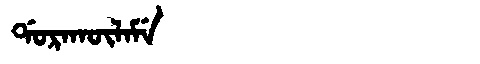
Manchu: ᡩᠣᡵᠠᡴᡡᠯᠠᠮᡝ
Romanization: DORAKŪLAME